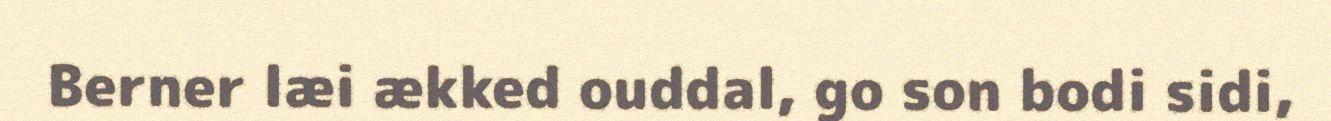
Berner læi ækked ouddal, go son bodi sidi,